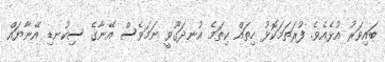
ބައިވަރު އުޅެއެވެ. ފުރަތަމަކޮޅު ހިތައް ކިތަމެ އުނދަގޫވީ ނަމަވެސް އޭނާގެ ސިކުނޑި އޭނާޔައް